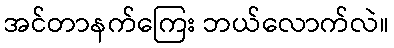
အင်တာနက်ကြေး ဘယ်လောက်လဲ။